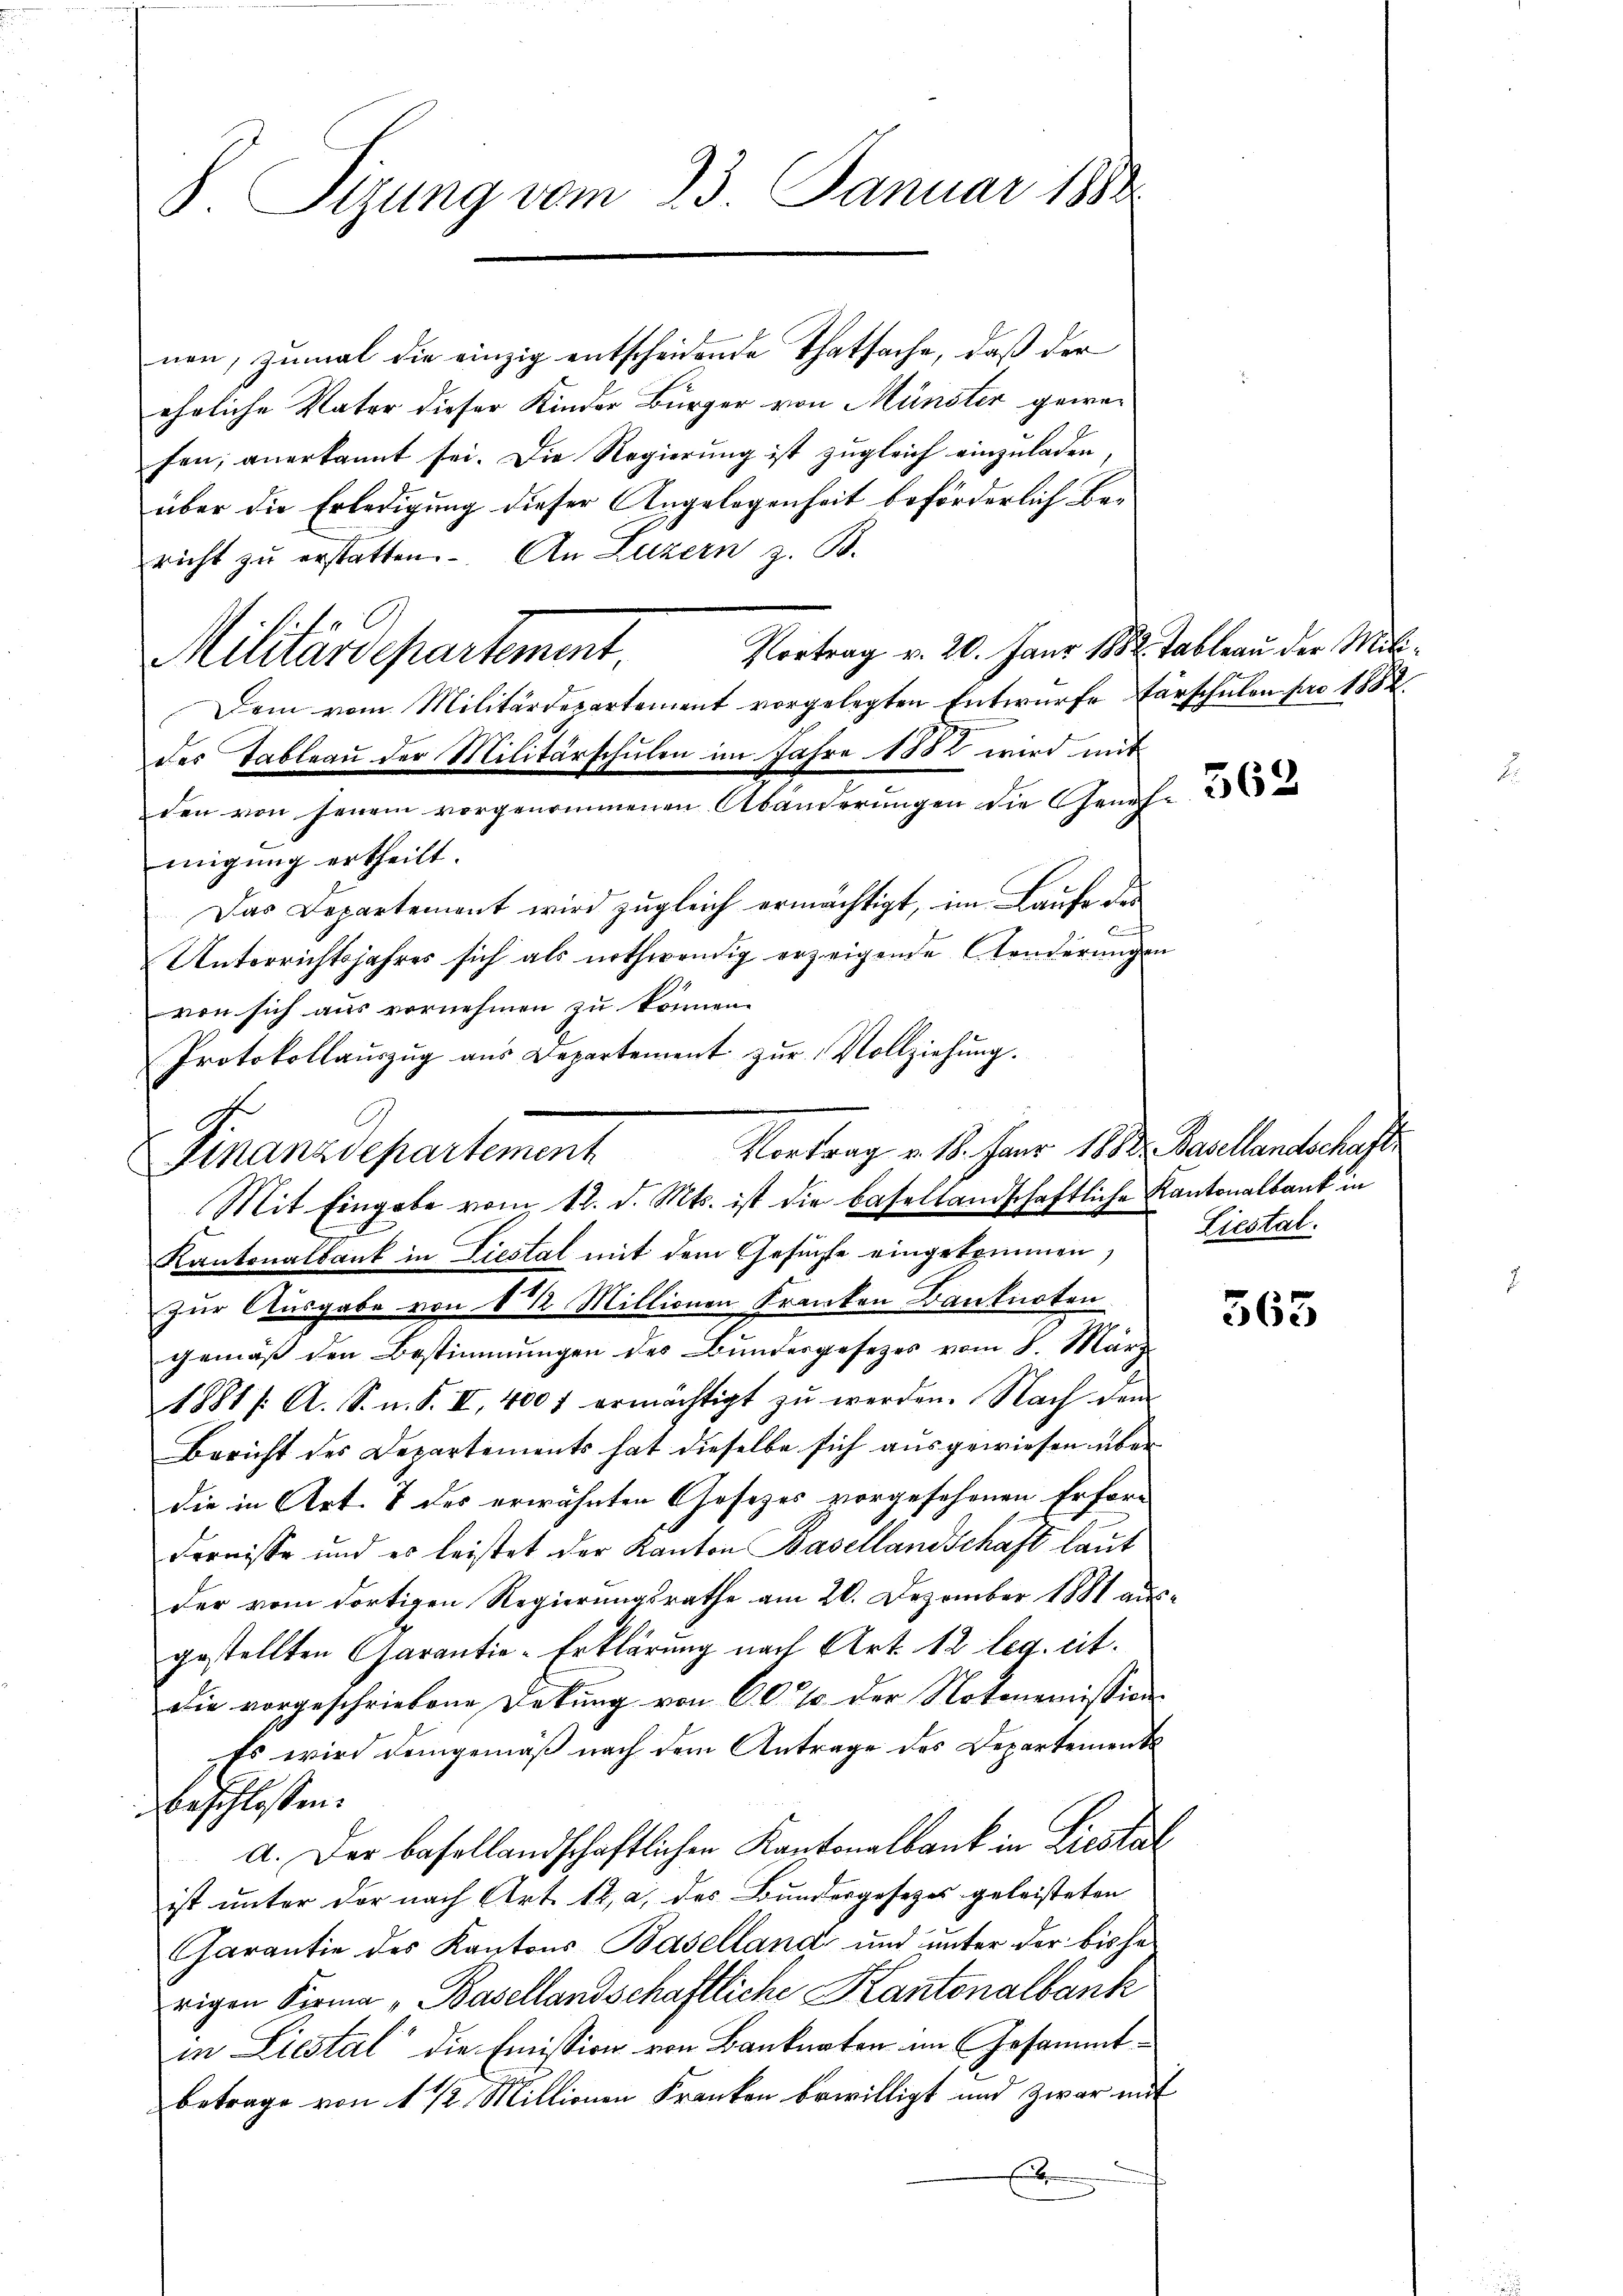
S. Sitzung vom 23. Januar 1884

nen, zumal die einzig entscheidende Thatsache, daß der
eheliche Vater dieser Kinder Bürger von Münster gewefen, anerkannt sei. Die Regierung ist zugleich einzuladen
über die Erledigung dieser Angelegenheit beförderlich Bericht zŭ erstatten. An Luzern z. B.
fa
Vortrag v. 20. Janr 188. Tableau der Mili¬
Milrardepartement,
Dem vom Militärdepartement vorgelegten Entwurfe Parschulen pro 1882.
des Tableau der Militärschulen im Jahre 1882 wird mit
den von herein vorgenommenen Abänderŭngen die Genehm
migŭng ertheilt.
Das Departement wird zugleich ermächtigt, im Laufe des
n
Unterrichtsjahres sich als nothwendig erzeigende Aenderungen
von sich aus vornehmen zu können.
Finanzdepartement
Mit Eingabe vom 12. d. Mts. ist die basellandschaftliche Kantonalbank in
Kantonalbank in Liestal mit dem Gesuchte eingekommen,
zur Ausgabe von 8 1/2 Millionen Franken Banknoten
gemäß den Bestimmungen des Bundergesetzes vom 8. März
1881 /: A. S. n. F. II. 400 f ermächtigt zŭ werden. Nach dem
Bericht des Departements hat dieselbe sich ausgewiesen über
die in Art. 8 des erwähnten Gesezes vorgesehenen Erfordernisse und es leistet der Kanton Basellandschaft laut
der vom dortigen Regierungsrathe am 20. Dezember 1881 ausgestellten Garantie-Erklärung nach Art. 12 leg. cit.
die vorgeschriebene Dekŭng von 60 % der Notonomission
Es wird demgemäß nach dem Antrage des Departements
beschlossen:
a. Der basellandschaftlichen Kantonalbank in Liestal
ist unter der nach Art. 12, a, des Bundergesezes geleisteten
Garantie des Kantons Baselland und unter der bisherigen Firma „Basellandschaftliche Kantonalbank
in Liestal die Emission von Banknaten im Gesammtbetrage von 1 1/2 Millionen Franken bewilligt und zwar mit
E

Protokollaŭszŭg aŭs Departement zŭr Vollziehŭng.
Vortrag v. 18. Jahr 1882. Dasellandschaft

Liestal.

563